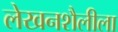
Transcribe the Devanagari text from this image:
लेखनशैलीला